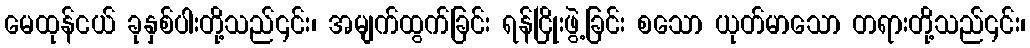
မေထုန်ငယ် ခုနှစ်ပါးတို့သည်၎င်း၊ အမျက်ထွက်ခြင်း ရန်ငြိုးဖွဲ့ခြင်း စသော ယုတ်မာသော တရားတို့သည်၎င်း၊